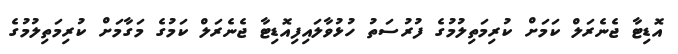
އޮޑިޓާ ޖެނެރަލް ކަމަށް ކުރިމަތިލުމުގެ ފުރުސަތު ހުޅުވާލައިފިއޮޑިޓާ ޖެނެރަލް ކަމުގެ މަގާމަށް ކުރިމަތިލުމުގެ